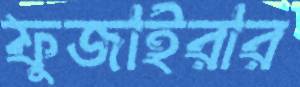
ফুজাইরার